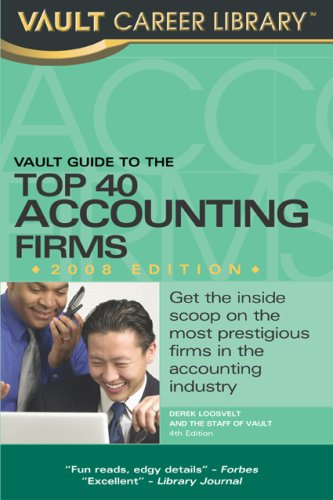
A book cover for Vault Guide to the Top 40 Accounting Firms, 2008 Edition: 4th Edition (Vault Guide to the Top Accounting Firms); Derek Loosvelt; Business & Money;